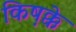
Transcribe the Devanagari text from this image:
किष़क्के